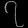
Digit: ၇